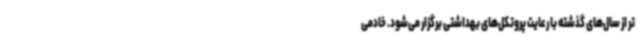
تر از سال‌های گذشته با رعایت پروتکل‌های بهداشتی برگزار می‌شود. خادمی